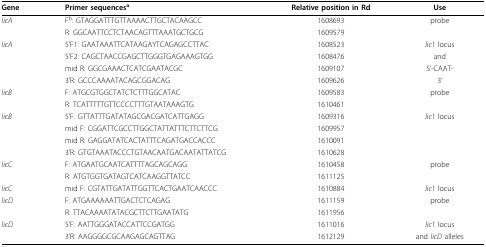
<table><thead><tr><td><b>Gene</b></td><td><b>Primer sequences<sup>a</sup></b></td><td><b>Relative position in Rd</b></td><td><b>Use</b></td></tr></thead><tbody><tr><td><i>licA</i></td><td>F<sup>b</sup>: GTAGGATTTGTTAAAACTTGCTACAAGCC</td><td>1608693</td><td>probe</td></tr><tr><td></td><td>R: GGCAATTCCTCTAACAGTTTAAATGCTGCG</td><td>1609579</td><td></td></tr><tr><td><i>licA</i></td><td>5&#x27;F1: GAATAAATTCATAAGAYTCAGAGCCTTAC</td><td>1608523</td><td><i>lic1 </i>locus</td></tr><tr><td></td><td>5&#x27;F2: CAGCTAACCGAGCTTGGGTGAGAAAGTGG</td><td>1608476</td><td>and</td></tr><tr><td></td><td>mid R: GGCGAAACTCATCGAATACGC</td><td>1609107</td><td>5&#x27;-CAAT-</td></tr><tr><td></td><td>3&#x27;R: GCCCAAAATACAGCGGACAG</td><td>1609626</td><td>3&#x27;</td></tr><tr><td><i>licB</i></td><td>F: ATGCGTGGCTATCTCTTTGGCATAC</td><td>1609583</td><td>probe</td></tr><tr><td></td><td>R: TCATTTTTGTTCCCCTTTGTAATAAAGTG</td><td>1610461</td><td></td></tr><tr><td><i>licB</i></td><td>5&#x27;F: GTTATTTGATATAGCGACGATCATTGAGG</td><td>1609316</td><td><i>lic1 </i>locus</td></tr><tr><td></td><td>mid F: CGGATTCGCCTTGGCTATTATTTCTTCTTCG</td><td>1609957</td><td></td></tr><tr><td></td><td>mid R: GAGGATATCACTATTTCAGATGACCACCC</td><td>1610091</td><td></td></tr><tr><td></td><td>3&#x27;R: GTGTAAATACCCTGTAACAATGACAATATTATCG</td><td>1610628</td><td></td></tr><tr><td><i>licC</i></td><td>F: ATGAATGCAATCATTTTAGCAGCAGG</td><td>1610458</td><td>probe</td></tr><tr><td></td><td>R: ATGTGGTGATAGTCATCAAGGTTATCC</td><td>1611125</td><td></td></tr><tr><td><i>licC</i></td><td>mid F: CGTATTGATATTGGTTCACTGAATCAACCC</td><td>1610884</td><td><i>lic1 </i>locus</td></tr><tr><td><i>licD</i></td><td>F: ATGAAAAAATTGACTCTCAGAG</td><td>1611159</td><td>probe</td></tr><tr><td></td><td>R: TTACAAAATATACGCTTCTTGAATATG</td><td>1611956</td><td></td></tr><tr><td><i>licD</i></td><td>5&#x27;F: AATTGGGATACCATTCCGATGG</td><td>1611016</td><td><i>lic1 </i>locus</td></tr><tr><td></td><td>3&#x27;R: AAGGGGCGCAAGAGCAGTTAG</td><td>1612129</td><td>and <i>licD </i>alleles</td></tr></tbody></table>